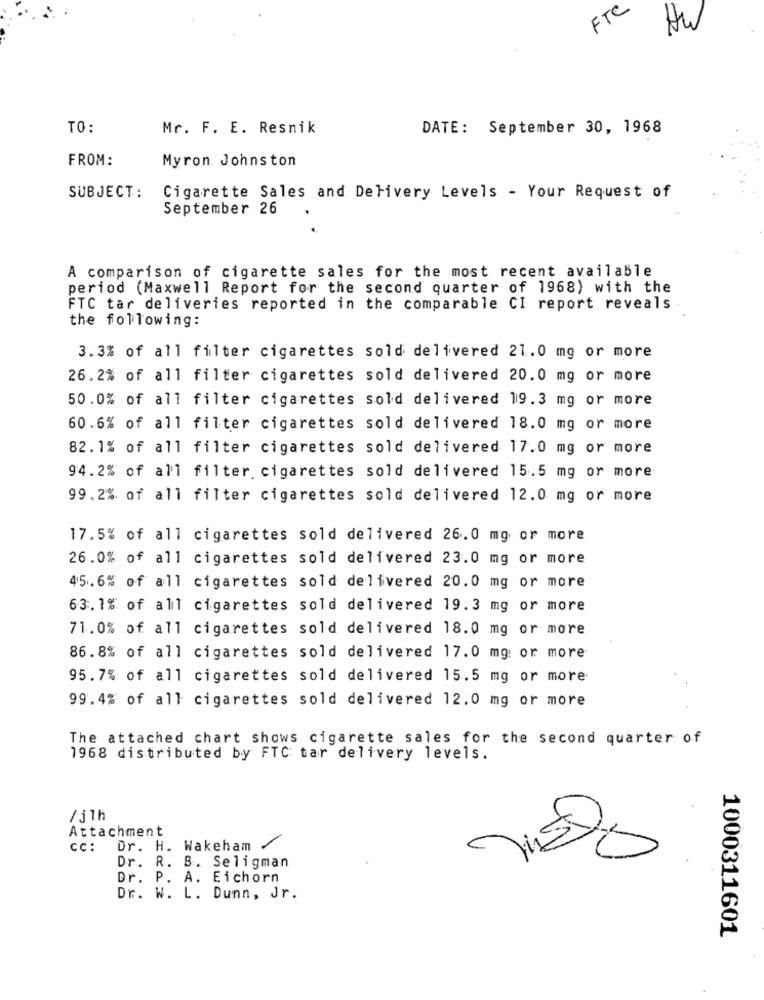
FTC
Hw
TO:
Mr. F. E. Resnik
DATE: September 30, 1968
FROM:
Myron Johnston
SUBJECT:
Cigarette Sales and Delivery Levels - Your Request of
September 26
A comparison of cigarette sales for the most recent available
period (Maxwell Report for the second quarter of 1968) with the
FTC tar deliveries reported in the comparable CI report reveals
the following:
3.3% of all filter cigarettes sold delivered 21.0 mg or more
26.2% of all filter cigarettes sold delivered 20.0 mg or more
50.0% of all filter cigarettes sold delivered 19.3 mg or more
60.6% of all filter cigarettes sold delivered 18.0 mg or more
82. 1% of all filter cigarettes sold delivered 17.0 mg or more
94.2% of all filter cigarettes sold delivered 15.5 mg or more
99.2% of all filter cigarettes sold delivered 12.0 mg or more
17.5% of all cigarettes sold delivered 26.0 mg or more
26.0% of all cigarettes sold delivered 23.0 mg or more
45.6% of all cigarettes sold delivered 20.0 mg or more
63.1% of all cigarettes sold delivered 19.3 mg or more
71.0% of all cigarettes sold delivered 18.0 mg or more
86.8% of all cigarettes sold delivered 17.0 mg: or more
95.7% of all cigarettes sold delivered 15.5 mg or more
99.4% of all cigarettes sold delivered 12.0 mg or more
The attached chart shows cigarette sales for the second quarter of
1968 distributed by FTC tar delivery levels.
/j 1h
Attachment
CC:
Dr. H. Wakeham
Dr. R. B. Seligman
Dr.
.A. Eichorn
Dr. W. L. Dunn, Jr.
1000311601